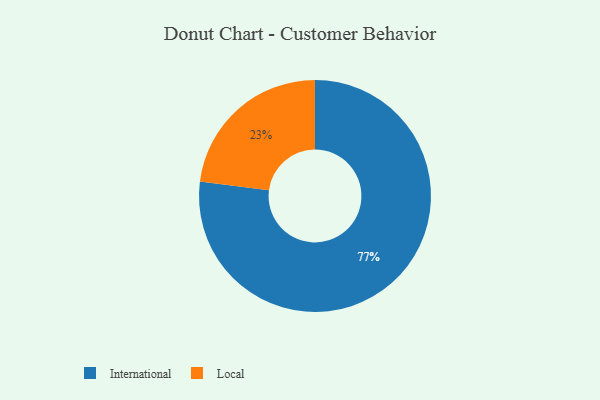
{"axis": {"x": "Category", "y": "Percentage"}, "legend": ["International", "Local"], "data": [{"x": "International", "y": 77, "type": "International"}, {"x": "Local", "y": 23, "type": "Local"}]}